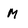
Character: M